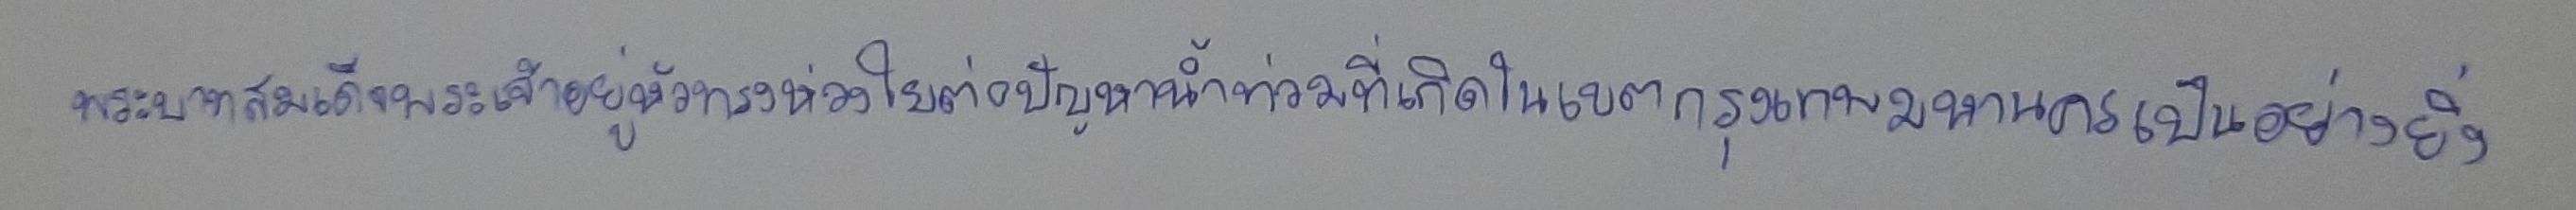
พระบาทสมเด็จพระเจ้าอยู่หัวทรงห่วงใยต่อปัญหาน้ำท่วมที่เกิดในเขตกรุงเทพมหานครเป็นอย่างยิ่ง